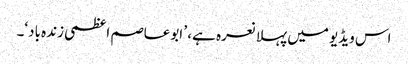
اس ویڈیو میں پہلا نعرہ ہے، ’ ابوعاصم اعظمی زندہ باد‘۔